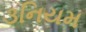
૩નિયમ